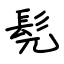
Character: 髡